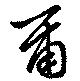
爾